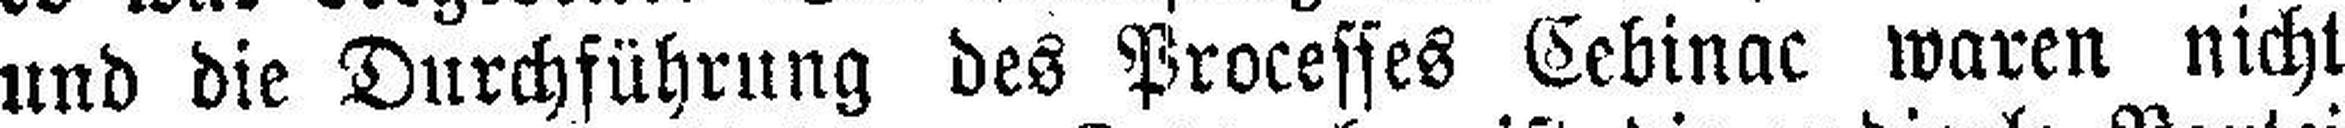
und die Durchführung des Processes Cebinac waren nicht